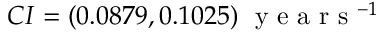
C I = ( 0 . 0 8 7 9 , 0 . 1 0 2 5 ) \; \textrm { y e a r s } ^ { - 1 }